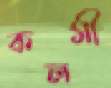
কলমী